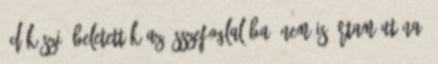
:D Köszi, beletették az összefoglalóba: Nem is írtam utána,